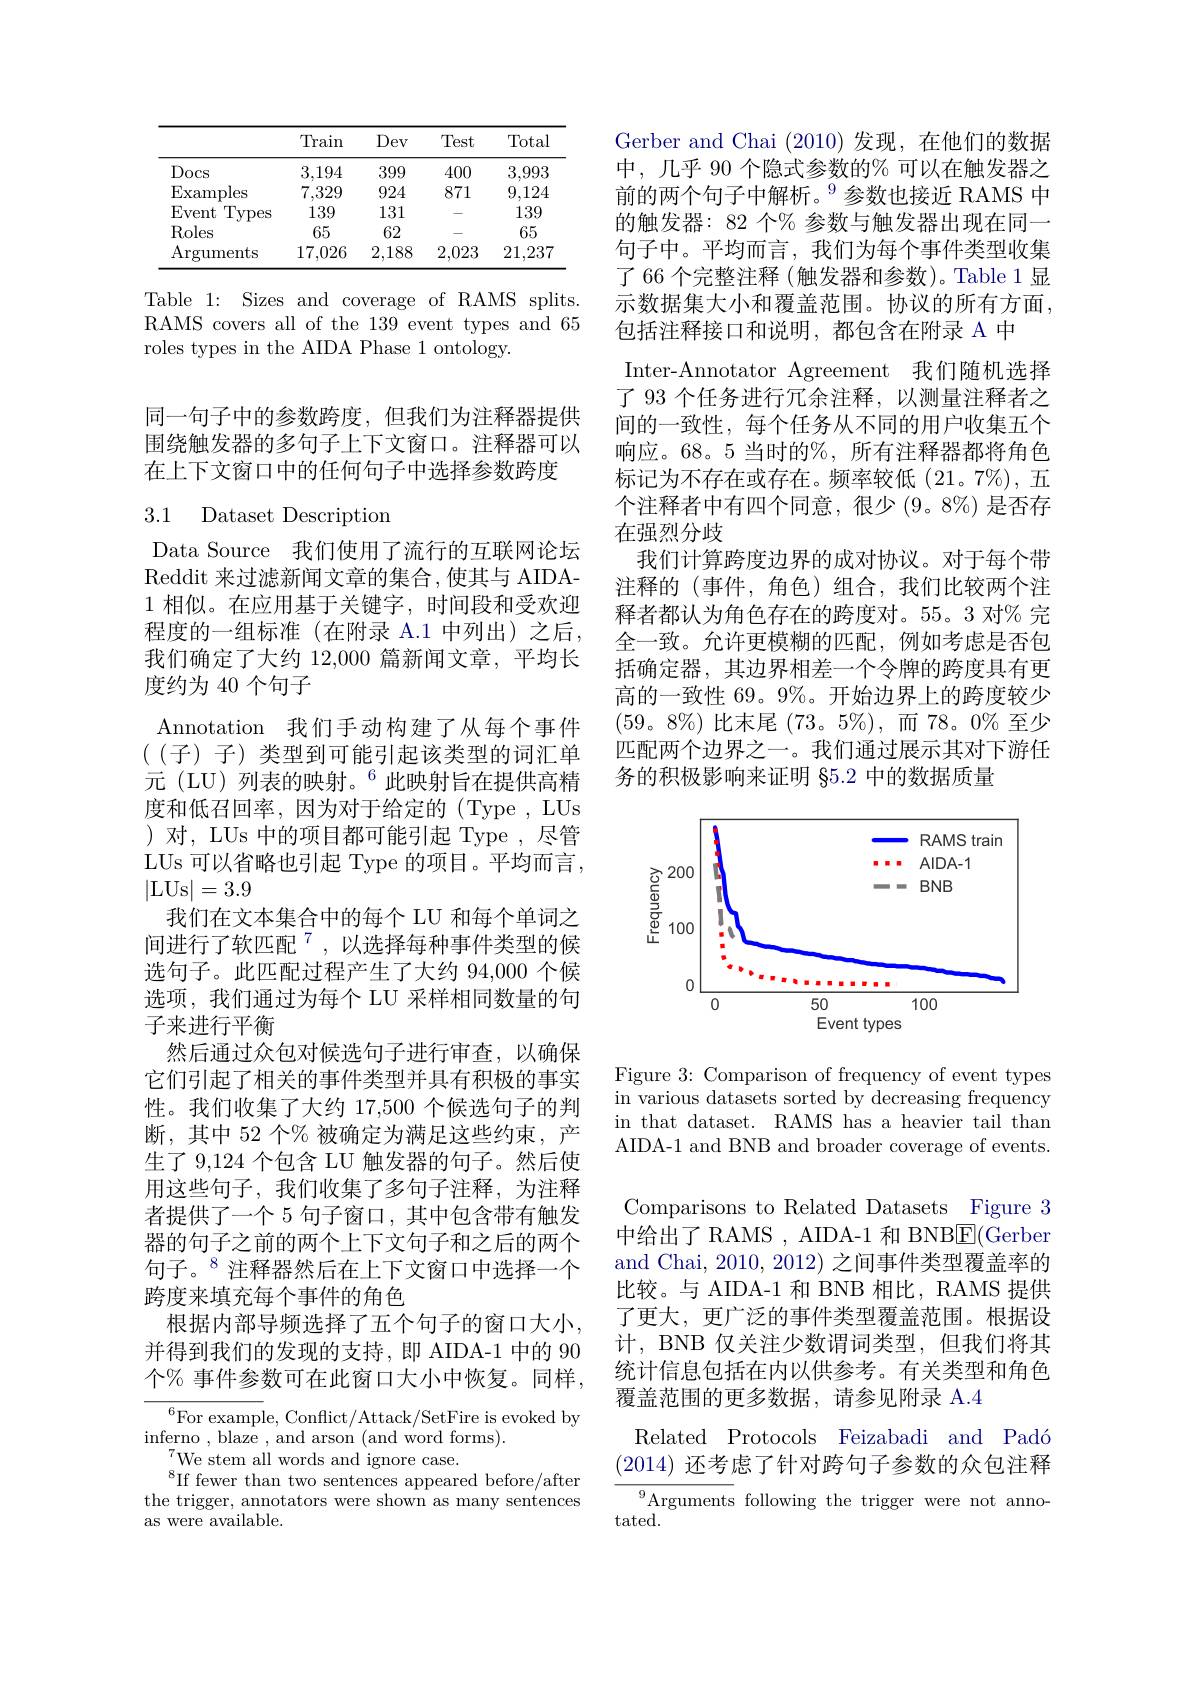
<table>
	<tbody>
		<tr>
			<th> </th>
			<th>Train</th>
			<th>Dev</th>
			<th>Test</th>
			<th>Total</th>
		</tr>
		<tr>
			<td>Docs</td>
			<td>3,194</td>
			<td>399</td>
			<td>400</td>
			<td>3,993</td>
		</tr>
		<tr>
			<td>Examples</td>
			<td>7,329</td>
			<td>924</td>
			<td>871</td>
			<td>9,124</td>
		</tr>
		<tr>
			<td>Event Types</td>
			<td>139</td>
			<td>131</td>
			<td> </td>
			<td>139</td>
		</tr>
		<tr>
			<td>Roles</td>
			<td>65</td>
			<td>62</td>
			<td> </td>
			<td>65</td>
		</tr>
		<tr>
			<td>$\operatorname{Arguments}$</td>
			<td>17,026</td>
			<td>2,188</td>
			<td>2,023</td>
			<td>21,237</td>
		</tr>
	</tbody>
</table>

Table 1: Sizes and coverage of RAMS splits. RAMS covers all of the 139 event types and 65 roles types in the AIDA Phase 1 ontology.

同一句子中的参数跨度，但我们为注释器提供围绕触发器的多句子上下文窗口。注释器可以在上下文窗口中的任何句子中选择参数跨度

# 3.1 Dataset Description

Data Source 我们使用了流行的互联网论坛Reddit 来过滤新闻文章的集合，使其与 AIDA- 1相似。在应用基于关键字，时间段和受欢迎程度的一组标准(在附录 A.1 中列出)之后， 我们确定了大约 12,000 篇新闻文章，平均长度约为 40 个句子
Annotation 我们手动构建了从每个事件((子)子)类型到可能引起该类型的词汇单元 (LU) 列表的映射。$^6$此映射旨在提供高精度和低召回率，因为对于给定的(Type,LUs )对，LUs 中的项目都可能引起 Type ,尽管LUs 可以省略也引起 Type 的项目。平均而言， |LUs|=3.9
我们在文本集合中的每个 LU 和每个单词之间进行了软匹配$^{7}$,以选择每种事件类型的候选句子。此匹配过程产生了大约 94,000 个候选项，我们通过为每个 LU 采样相同数量的句子来进行平衡
然后通过众包对候选句子进行审查，以确保它们引起了相关的事件类型并具有积极的事实性。我们收集了大约 17,500 个候选句子的判断，其中 52 个% 被确定为满足这些约束，产生了 9,124 个包含 LU 触发器的句子。然后使用这些句子，我们收集了多句子注释，为注释者提供了一个 5 句子窗口，其中包含带有触发器的句子之前的两个上下文句子和之后的两个句子。$^{8}$注释器然后在上下文窗口中选择一个跨度来填充每个事件的角色
根据内部导频选择了五个句子的窗口大小， 并得到我们的发现的支持，即 AIDA-1 中的 90个% 事件参数可在此窗口大小中恢复。同样，

$^{6}$For example, Conflict/Attack/SetFire is evoked by
$\operatorname*{inferno}_{\pi}$,blaze ,and arson (and word forms).
$\mathrm{~}^{7}$We stem all words and ignore case.
$^{8}$If fewer than two sentences appeared before/after the trigger, annotators were shown as many sentences as were available.

Gerber and Chai (2010)发现，在他们的数据中，几乎 90 个隐式参数的% 可以在触发器之前的两个句子中解析。$^{9}$参数也接近 RAMS 中的触发器：82 个% 参数与触发器出现在同一句子中。平均而言，我们为每个事件类型收集了 66 个完整注释 (触发器和参数)。Table 1显示数据集大小和覆盖范围。协议的所有方面， 包括注释接口和说明，都包含在附录 A 中
Inter-Annotator Agreement 我们随机选择了 93 个任务进行冗余注释，以测量注释者之间的一致性，每个任务从不同的用户收集五个响应。68。5 当时的%, 所有注释器都将角色标记为不存在或存在。频率较低(21。7%), 五个注释者中有四个同意，很少 (9。8%) 是否存在强烈分歧
我们计算跨度边界的成对协议。对于每个带注释的(事件，角色)组合，我们比较两个注释者都认为角色存在的跨度对。55。3 对$\%$ 完全一致。允许更模糊的匹配，例如考虑是否包括确定器，其边界相差一个令牌的跨度具有更高的一致性 69。9%。开始边界上的跨度较少(59。8%)比末尾(73。5%),而78。0%至少匹配两个边界之一。我们通过展示其对下游任务的积极影响来证明 §5.2 中的数据质量

<FigureHere>

Figure 3: Comparison of frequency of event types in various datasets sorted by decreasing frequency in that dataset. RAMS has a heavier tail than AIDA-1 and BNB and broader coverage of events.

Comparisons to Related Datasets Figure 3中给出了 RAMS , AIDA-1 和 BNBE(Gerber and Chai, 2010,2012)之间事件类型覆盖率的比较。与 AIDA-1 和 BNB 相比，RAMS 提供了更大，更广泛的事件类型覆盖范围。根据设计，BNB 仅关注少数谓词类型，但我们将其统计信息包括在内以供参考。有关类型和角色覆盖范围的更多数据，请参见附录 A.4
Related Protocols Feizabadi and Padó (2014)还考虑了针对跨句子参数的众包注释
Arguments following the trigger were not anno-

$tated.$